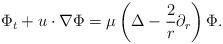
LaTeX: \begin{align*}\Phi_{t}+u\cdot \nabla \Phi&=\mu\left(\Delta -\frac{2}{r}\partial_r\right)\Phi.\end{align*}